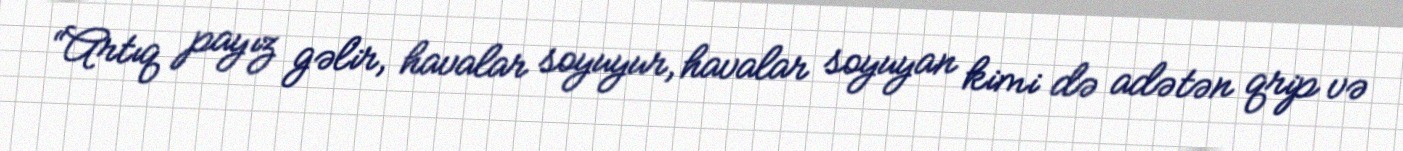
“Artıq payız gəlir, havalar soyuyur, havalar soyuyan kimi də adətən qrip və